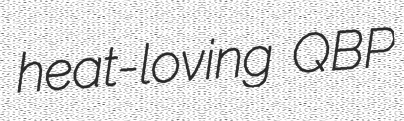
heat-loving QBP